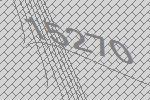
15270